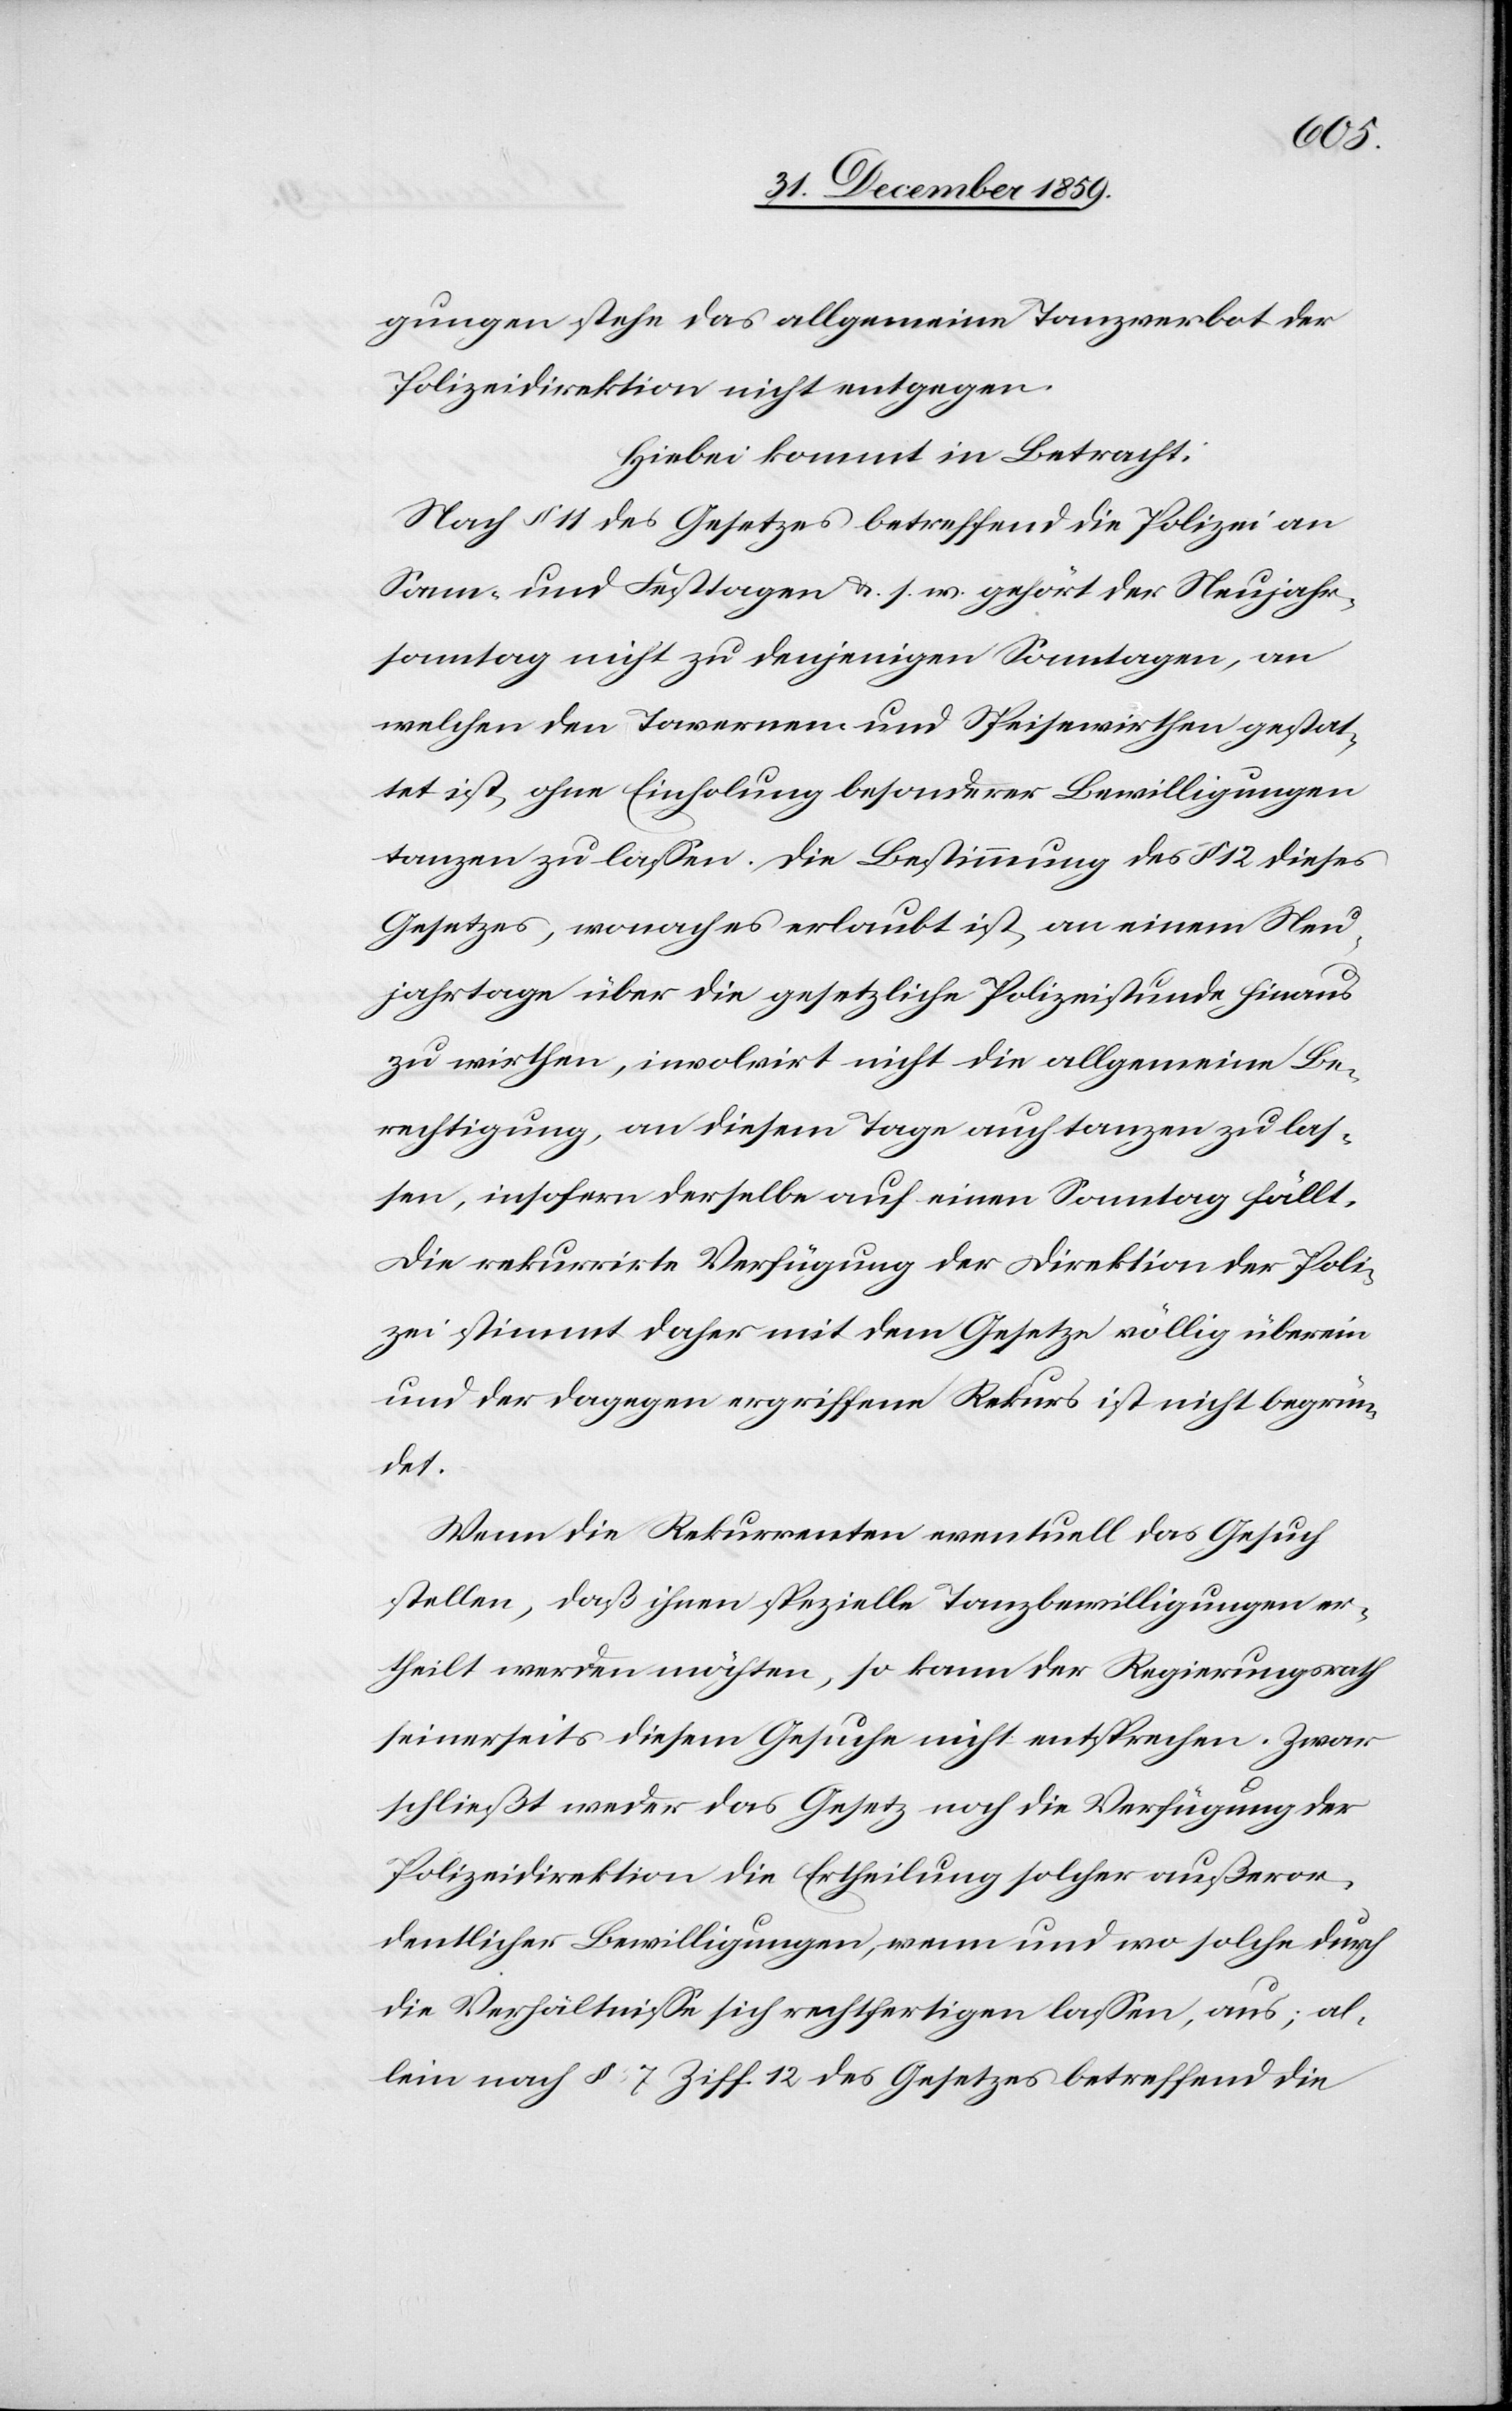
gungen stehe das allgemeine Tanzverbot der
Polizeidirektion nicht entgegen.
Hiebei kommt in Betracht:
Nach § 11 des Gesetzes betreffend die Polizei an
Sonn-] und Festtagen & s. w. gehört der Neujahr¬
sonntag nicht zu denjenigen Sonntagen, an
welchen den Tavernen und Speisewirthen gestat¬
tet ist, ohne Einholung besonderer Bewilligungen
tanzen zu lassen. Die Bestimmung des § 12 dieses
Gesetzes, wonach es erlaubt ist, an einem Neu¬
jahrtage über die gesetzliche Polizeistunde hinaus
zu wirthen, involvirt nicht die allgemeine Be¬
rechtigung, an diesem Tage auch tanzen zu las¬
sen, insofern derselbe auf einen Sonntag fällt.
Die rekurrirte Verfügung der Direktion der Poli¬
zei stimmt daher mit dem Gesetze völlig überein
und der dagegen ergriffene Rekurs ist nicht begrün¬
det.
Wenn die Rekurrenten eventuell das Gesuch
stellen, daß ihnen spezielle Tanzbewilligungen er¬
theilt werden möchten, so kann der Regierungsrath
seinerseits diesem Gesuche nicht entsprechen. Zwar
schließt weder das Gesetz noch die Verfügung der
Polizeidirektion die Ertheilung solcher außeror¬
dentlicher Bewilligungen, wenn und wo solche durch
die Verhältnisse sich rechtfertigen lassen, aus; al¬
lein nach § 7 Ziff. 12 des Gesetzes betreffend die